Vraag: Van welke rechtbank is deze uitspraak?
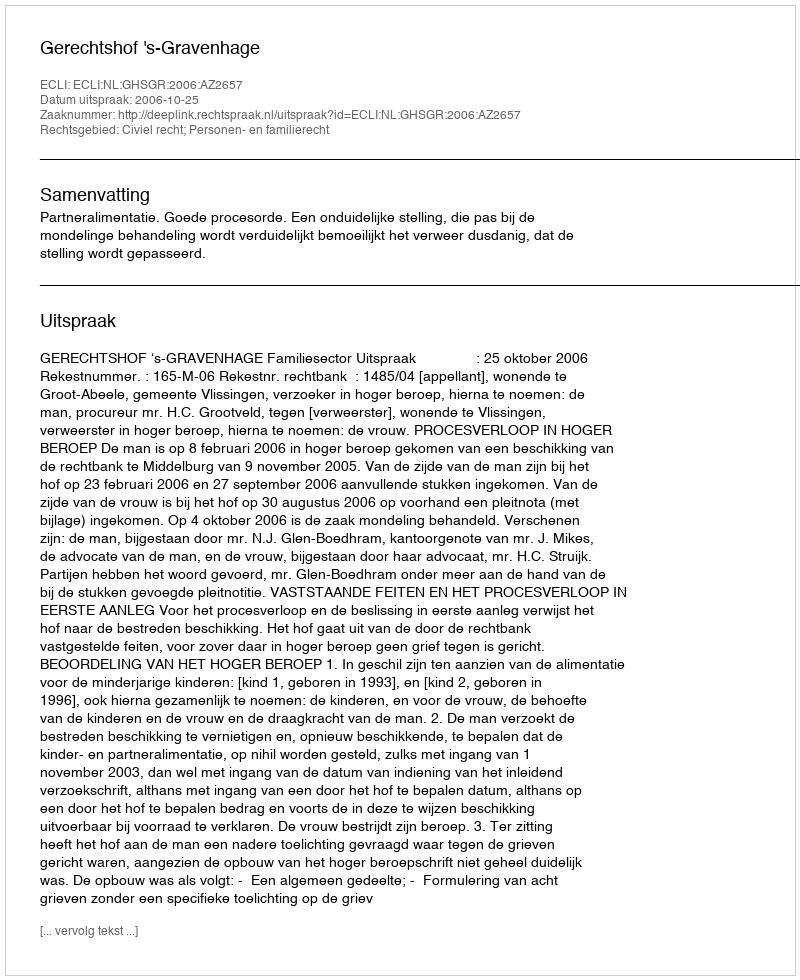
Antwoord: Gerechtshof 's-Gravenhage